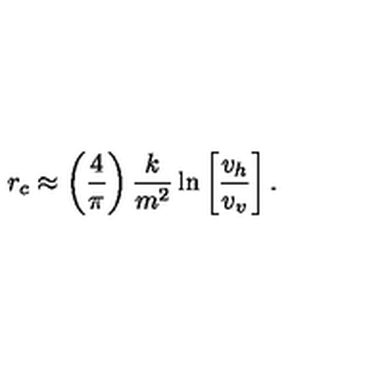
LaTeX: r _ { c } \approx \left( \frac { 4 } { \pi } \right) \frac { k } { m ^ { 2 } } \ln \left[ \frac { v _ { h } } { v _ { v } } \right] .